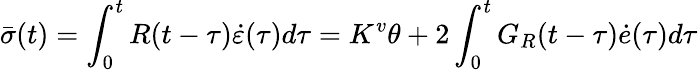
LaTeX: \bar{\sigma}(t)=\int_{0}^{t}R(t-\tau)\dot{\varepsilon}(\tau)d\tau=K^{v}\theta+2\int_{0}^{t}G_{R}(t-\tau)\dot{e}(\tau)d\tau